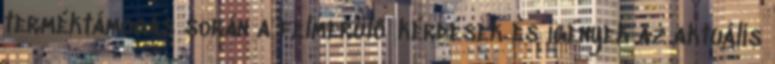
terméktámogás során a felmerülő kérdések és igények az aktuális